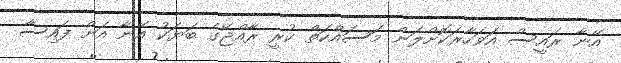
އޭނާ ރައީސް އަވަހާރަކޮށްލަން މަސައްކަތް ކުރީ ރާއްޖޭގެ ބަޔަކު އޭނާ އަށް ފައިސާ